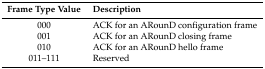
<table><thead><tr><td><b>Frame Type Value</b></td><td><b>Description</b></td></tr></thead><tbody><tr><td>000</td><td>ACK for an ARounD configuration frame</td></tr><tr><td>001</td><td>ACK for an ARounD closing frame</td></tr><tr><td>010</td><td>ACK for an ARounD hello frame</td></tr><tr><td>011–111</td><td>Reserved</td></tr></tbody></table>